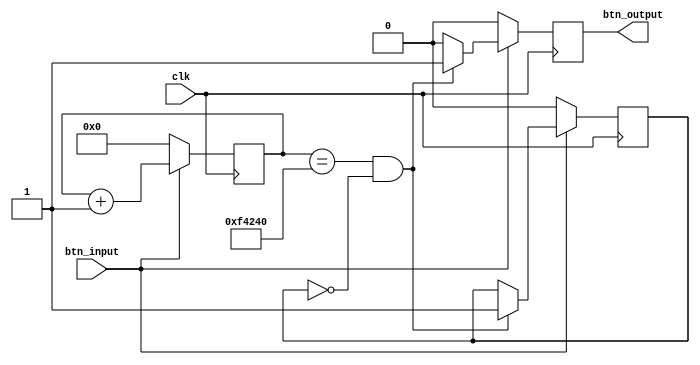

module debounce(input  clk, input btn_input,output btn_output);

parameter DEBOUNCE_PERIOD = 1000000; /* 20 msec @ 50MHz */

reg [20:0] cnt;
reg pressed;
reg flag;


always@(posedge clk)begin
if(btn_input==1)begin
			cnt<=cnt+1;
			pressed<=0;
			
			
			if(cnt==1000000 && flag==0)begin
					  pressed<=1;
					  flag<=1;
					  end
			
end
else begin
pressed<=0;
cnt<=0;
flag<=0;
end

end	

assign btn_output = pressed;	
endmodule